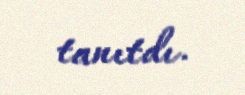
tanıtdı.